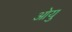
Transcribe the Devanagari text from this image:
ओयु